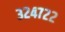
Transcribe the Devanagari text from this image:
३२४७२२